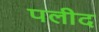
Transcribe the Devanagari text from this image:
पलीद